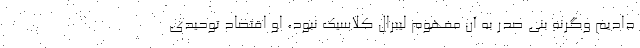
دادیم وگرنه بنی صدر به آن مفهوم لیبرال کلاسیک نبود، او اقتصاد توحیدی